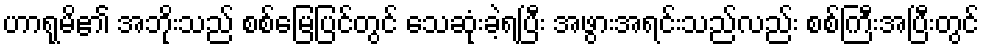
ဟာရုမိ၏ အဘိုးသည် စစ်မြေပြင်တွင် သေဆုံးခဲ့ရပြီး အဖွားအရင်းသည်လည်း စစ်ကြီးအပြီးတွင်